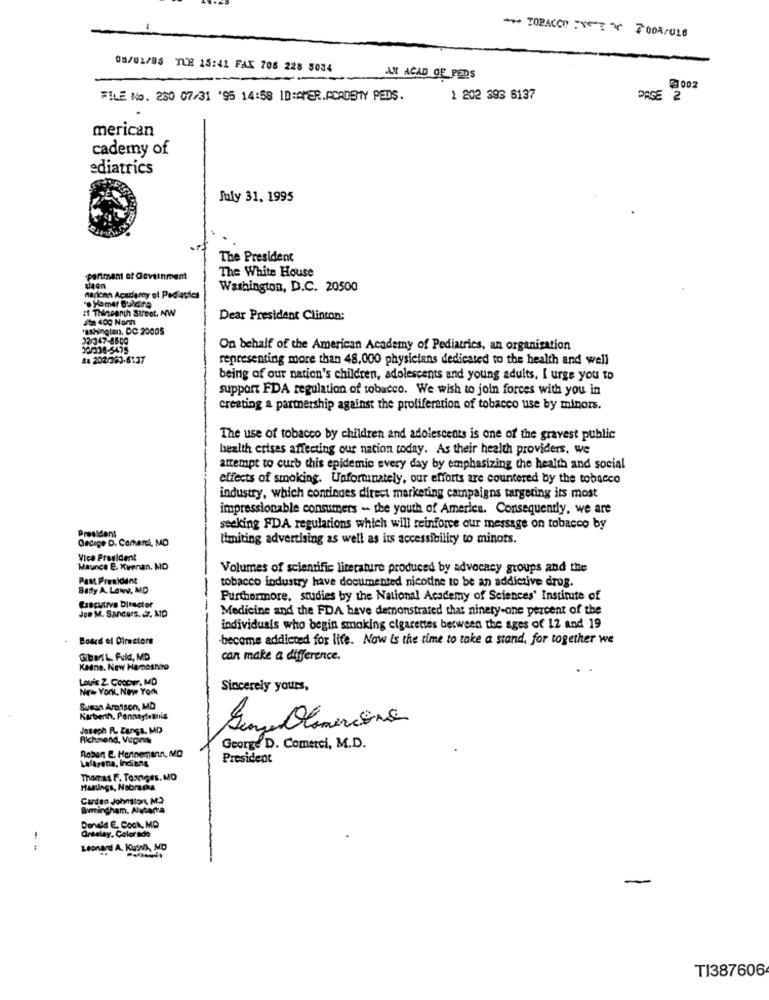
*** TOBACCO : 7008/018
08/01/95 TLE 15:41 FAX 708 228 5034
AM ACAD OF PODS
21002
FILE No. 230 07/31 '95 14:58 ID:AMER.ACADETY PEDS.
1 202 396 6137
PAGE 2
merican
cademy of
ediatrics
July 31, 1995
The President
The White House
-partman of Government
Washington, D.C. 20500
narichn Academy of Pediatdes
et Thingenth Street, NW
.Homer Bulata
Dear President Clinton:
"ashington, DC 23005
J2/347-8609
On behalf of the American Academy of Pediatrics, an organization
&# 202/363-6137
representing more than 48,000 physicians dedicated to the health and well
being of our nation's children, adolescents and young adults, I urge you to
support FDA regulation of tobacco. We wish to join forces with you in
creating a partnership against the proliferation of tobacco use by minors.
The use of tobacco by children and adolescents is one of the gravest public
health crises affecting our nation today. As their health providers, we
attempt to curb this epidemic every day by emphasizing the health and social
effects of smoking. Unfortunately, our efforts are countered by the tobacco
industry, which continues direct marketing campaigns targeting its most
impressionable consumers - the youth of America. Consequently, we are
President
seeking FDA regularions which will reinforce our message on tobacco by
Gedige D. Camari, MD
limiting advertising as well as its accessibility to minots.
Vice President
Maunce E. Xvenan. MD
Volumes of scientific literature produced by advocacy groups and the
Past President
tobacco industry have documented nicotine to be an addictive drog.
Batty A. Lawy. MD
Furthermore, studies by the National Academy of Sciences' Instimte of
Executive Director
JoD M. Sanders. dr. MD
Medicine and the FDA have demonstrated that ninety-one percent of the
individuals who begin smoking cigarettes between the ages of 12 and 19
Board of Directors
become addicted for life. Now is the time to take a stand, for together we
GibMIL Fuld, MD
can make a difference.
Keine. New Harpesnino
Louis Z. Cooper, MD
New York, Nane York
Sincerely yours,
Susan Aronson, MD
Karberth. Penneyteminia
Joseph R. Zang1. MD
Senza Olameninas
Richmond, Virginia
George D. Comerci, M.D.
Roben &. Hannemann, MO
President
Lalarena, Indiens
Thomas F. Texges. MO
Masslags, Nobra ps
Carden Johnston, M.2
Avmingham. Alubarra
Donald E. Cook, MP
!
Qrselay, Colorado
Leonard A. Kutny, MO
-
TI387606